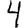
Digit: 4